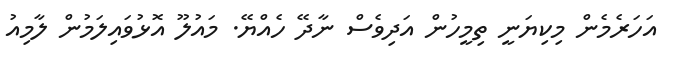
އަހަރެމެން މިކިޔަނީ ތިމީހުން އަދިވެސް ނާދޭ ހެއްޔޭ. މައުލޫ އޮޅުވައިލަމުން ލާމިއު